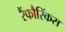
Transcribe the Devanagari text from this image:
रैंफौरिंकस